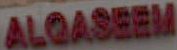
ALGASEEM